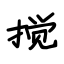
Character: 搅